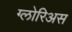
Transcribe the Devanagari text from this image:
ग्लोरिअस